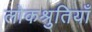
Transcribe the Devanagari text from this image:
लोकश्रुतियाँ